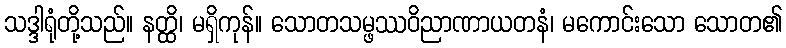
သဒ္ဒါရုံတို့သည်။ နတ္ထိ၊ မရှိကုန်။ သောတသမ္ဖဿဝိညာဏာယတနံ၊ မကောင်းသော သောတ၏